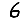
Digit: 6